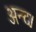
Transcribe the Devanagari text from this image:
अन्द।